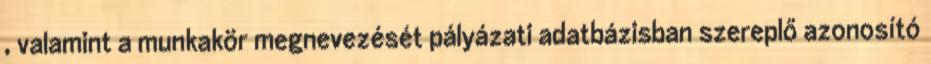
, valamint a munkakör megnevezését pályázati adatbázisban szereplő azonosító